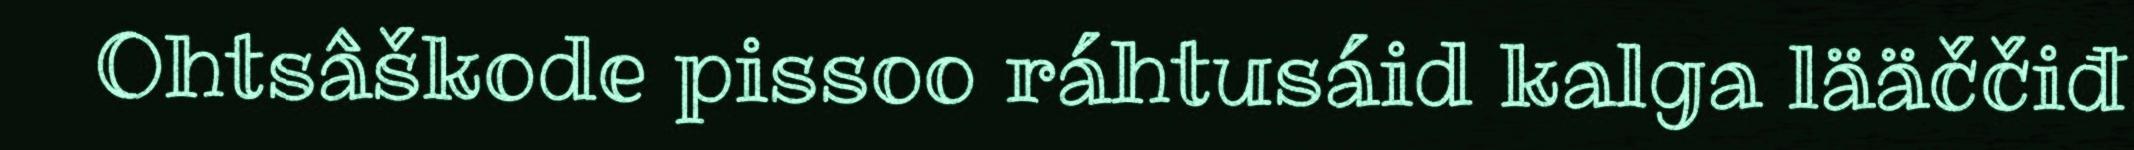
Ohtsâškode pissoo ráhtusáid kalga lääččiđ